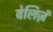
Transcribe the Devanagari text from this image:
बेलिज़ं